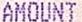
AMOUNT